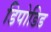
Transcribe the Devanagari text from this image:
डिपोडिड